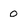
Character: o